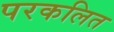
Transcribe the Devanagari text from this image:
परकलित